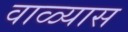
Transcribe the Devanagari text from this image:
वाळ्यास